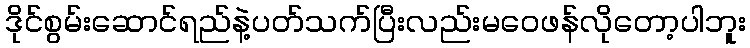
ဒိုင်စွမ်းဆောင်ရည်နဲ့ပတ်သက်ပြီးလည်းမဝေဖန်လိုတော့ပါဘူး